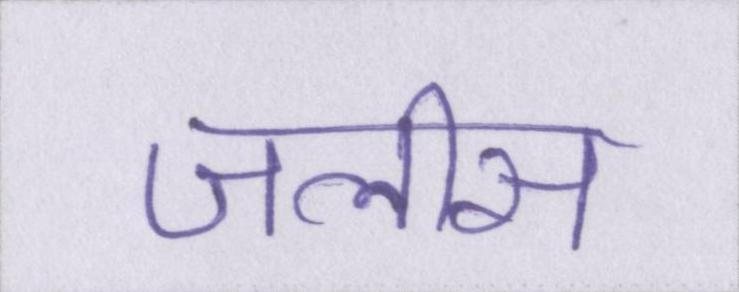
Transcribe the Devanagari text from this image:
जलीस